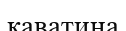
каватина